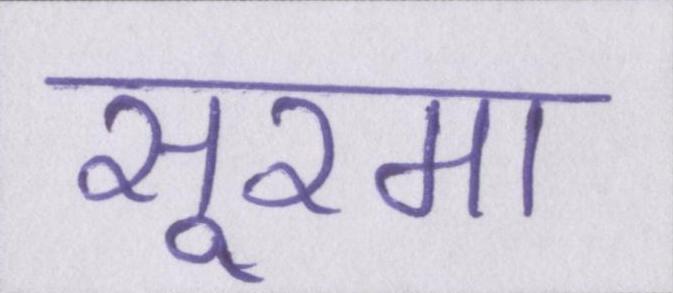
सूरमा